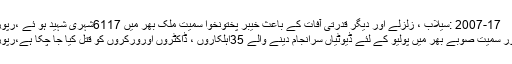
2007-17 :سیلاب ، زلزلے اور دیگر قدرتی آفات کے باعث خیبر پختونخوا سمیت ملک بھر میں 6117شہری شہید ہو ئے ،رپورٹ
پشاور سمیت صوبے بھر میں پولیو کے لئے ڈیوٹیاں سرانجام دینے والے 35اہلکاروں ، ڈاکٹروں اورورکروں کو قتل کیا جا چکا ہے،رپورٹ